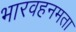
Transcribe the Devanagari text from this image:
भारवहनमता